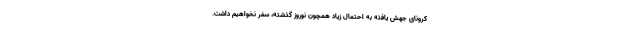
کرونای جهش یافته به احتمال زیاد همچون نوروز گذشته، سفر نخواهیم داشت.